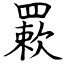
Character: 𦌊